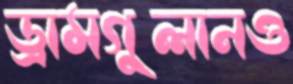
ড্রামগুলানও